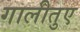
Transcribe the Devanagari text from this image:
गालीतुए